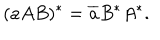
( a A B ) ^ { \ast } = \overline { { { a } } } B ^ { \ast } A ^ { \ast } .